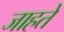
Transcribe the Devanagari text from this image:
जाहते